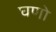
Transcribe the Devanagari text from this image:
घणो